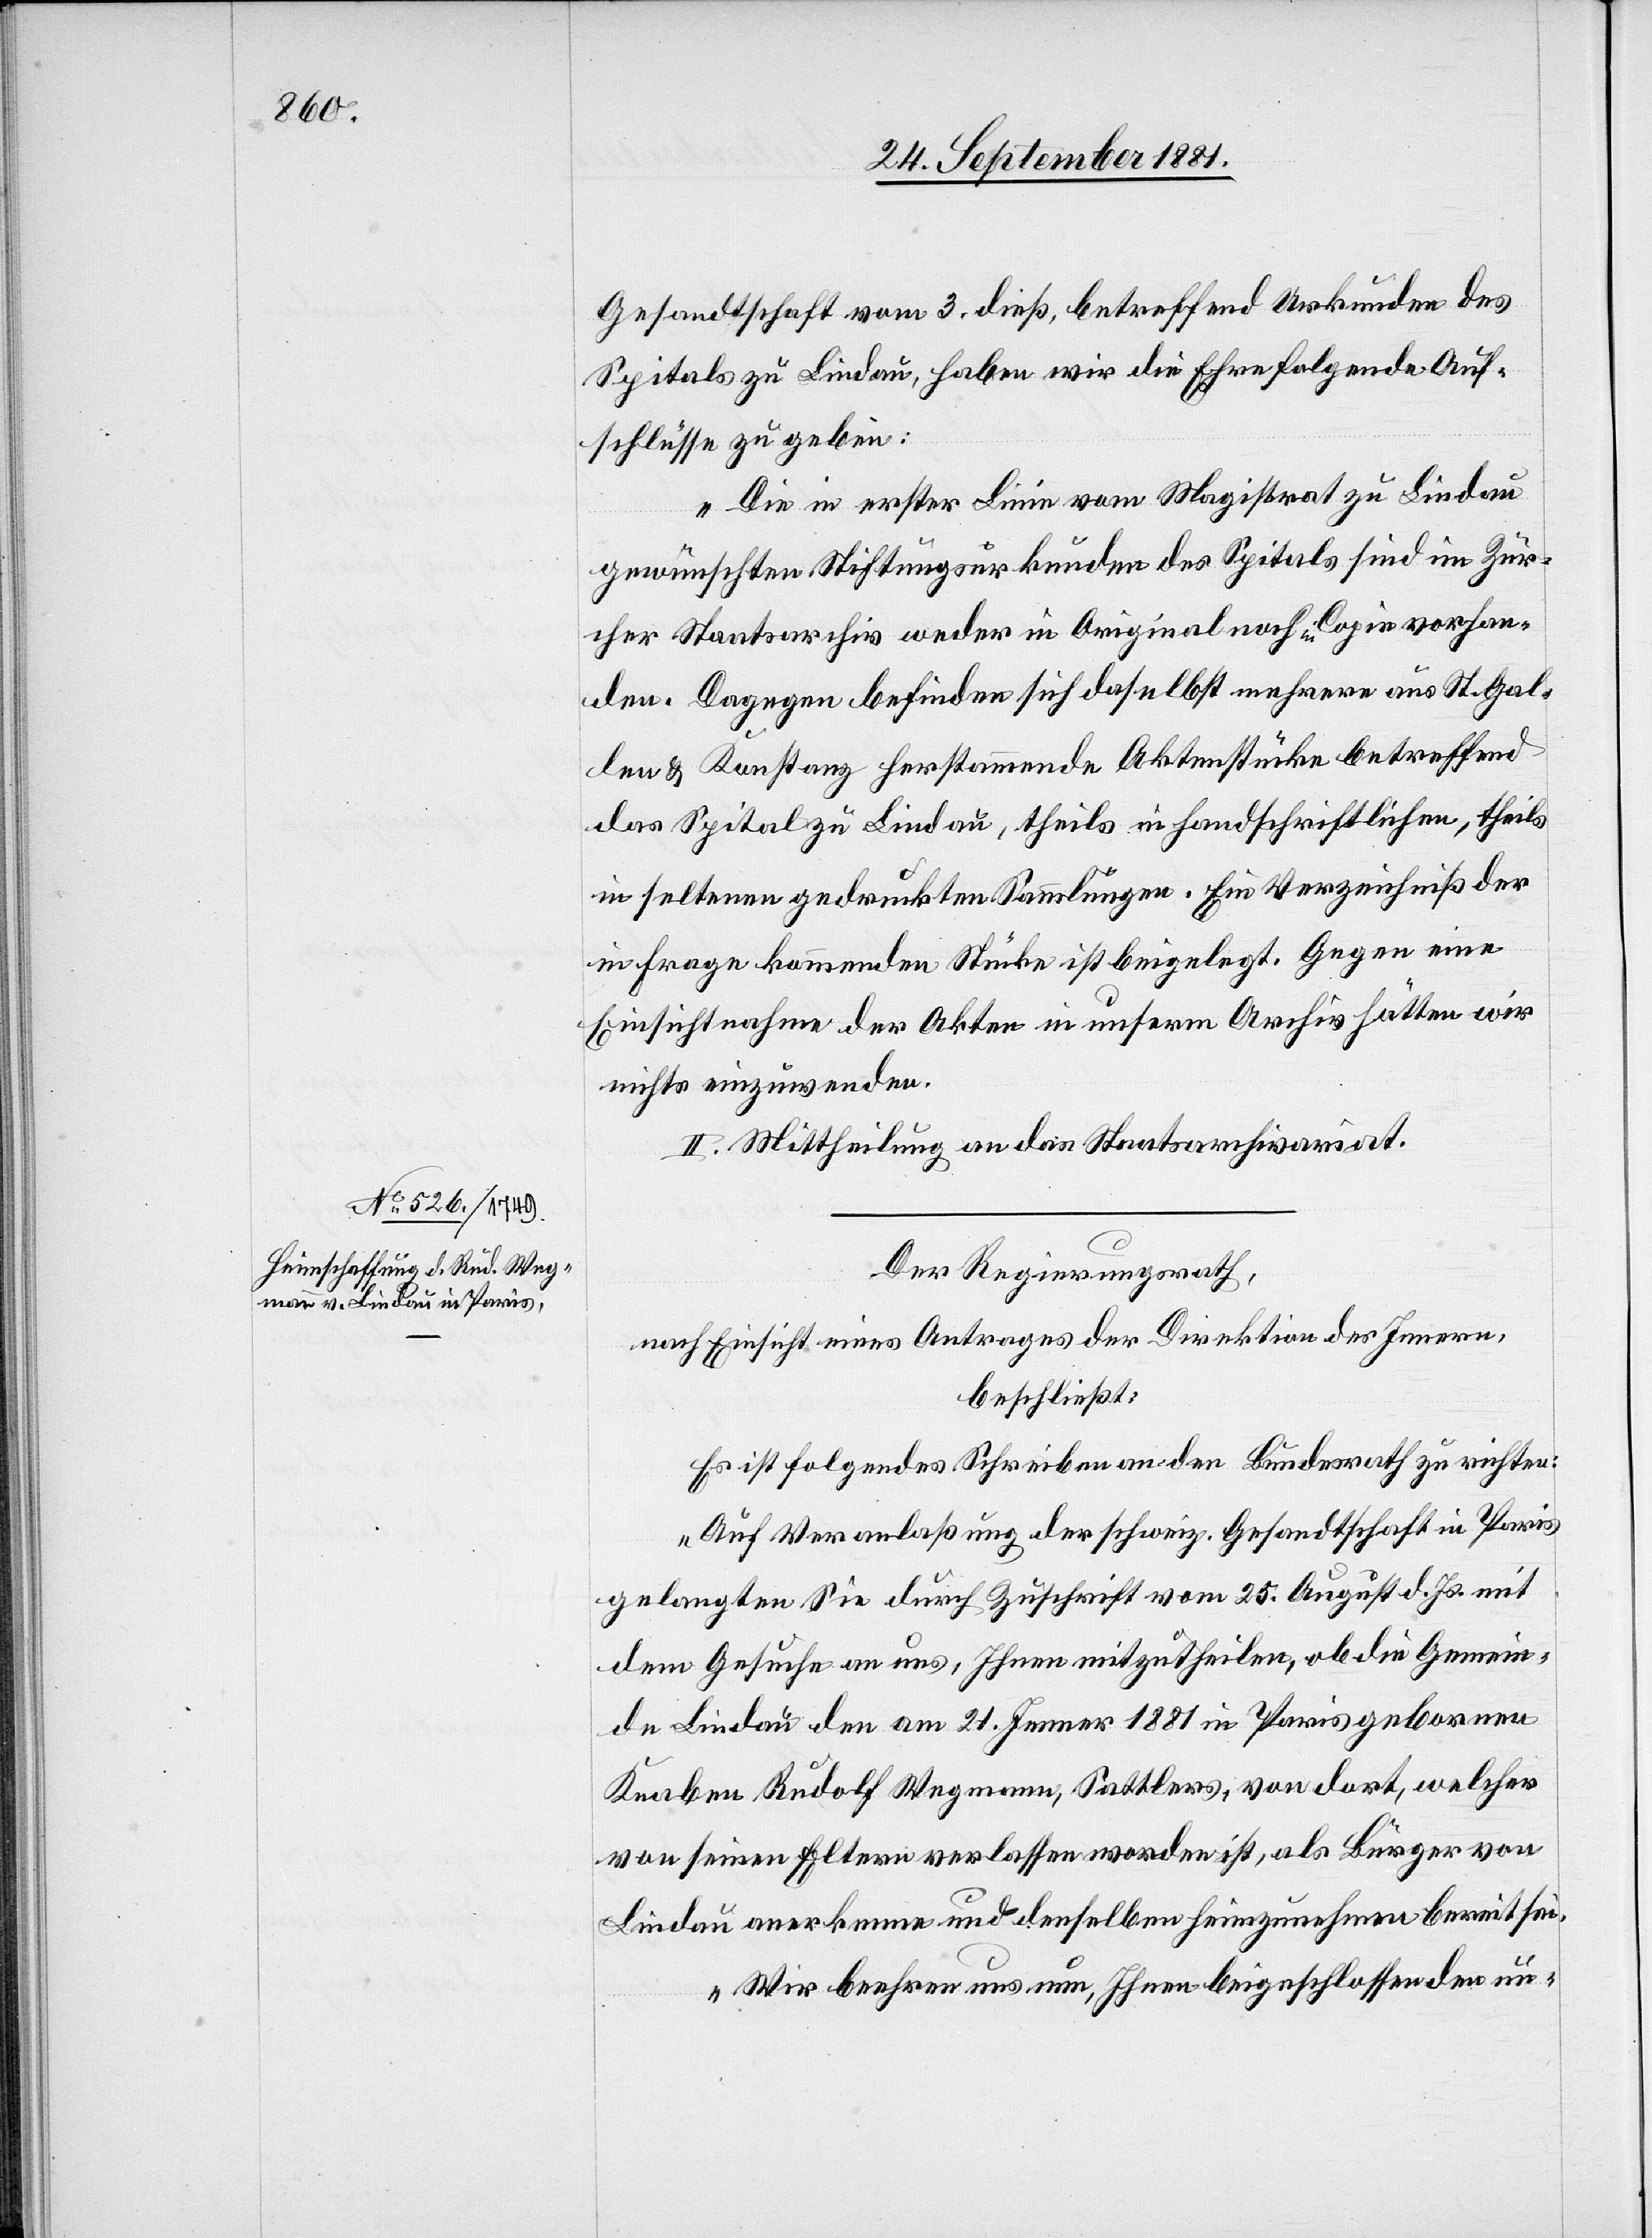
Gesandtschaft vom 3. dieß, betreffend Urkunden des
Spitals zu Lindau, haben wir die Ehre folgende Auf¬
schlüsse zu geben:
Die in erster Linie vom Magistrat zu Lindau
gewünschten Stiftungsurkunden des Spitals sind im Zür¬
cher Staatsarchiv weder im Original noch in Copie vorhan¬
den. Dagegen befinden sich daselbst mehrere aus St. Gal¬
len & Konstanz herstammende Aktenstücke betreffend
das Spital zu Lindau, theils in handschriftlichen, theils
in seltenen gedruckten Sammlungen. Ein Verzeichniß der
in Frage kommenden Stücke ist beigelegt. Gegen eine
Einsichtnahme der Akten in unserm Archiv hätten wir
nichts einzuwenden.“
II. Mittheilung an das Staatsarchivariat.
Der Regierungsrath,
nach Einsicht eines Antrages der Direktion des Innern,
beschließt:
Es ist folgendes Schreiben an den Bundesrath zu richten:
„Auf Veranlaßung der schweiz. Gesandtschaft in Paris
gelangten Sie durch Zuschrift vom 25. August d. Js. mit
dem Gesuch an uns, Ihnen mitzutheilen, ob die Gemein¬
de Lindau den am 21. Januar 1881 in Paris geborenen
Knaben Rudolf Wegmann, Sattlers, von dort, welcher
von seinen Eltern verlassen worden ist, als Bürger von
Lindau anerkenne und denselben heimzunehmen bereit sei.
Wir beehren uns nun, Ihnen beigeschlossen den un-